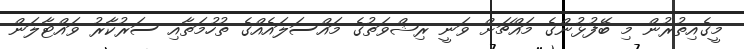
މީގެއިތުރުން މި ބޭފުޅުންގެ މައްޗަށް ވަނީ ރިޝްވަތުގެ މައްސަލައެއްގެ ތުހުމަތާއި ސަރުކާރު ވައްޓާލަން